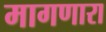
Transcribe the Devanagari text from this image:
मागणारा